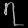
Digit: ၇